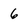
Character: 6